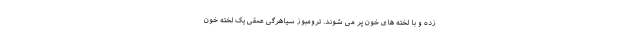
زده و با لخته های خون پر می شوند. ترومبوز سیاهرگی عمقی یک لخته خون